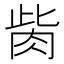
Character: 胔